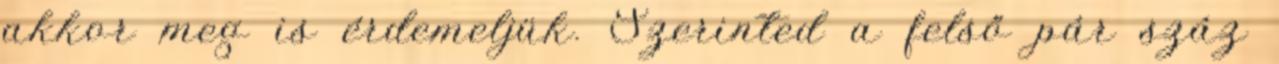
akkor meg is érdemeljük. Szerinted a felső pár száz